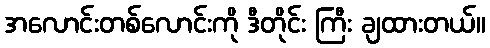
အလောင်းတစ်လောင်းကို ဒီတိုင်း ကြီး ချထားတယ်။